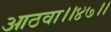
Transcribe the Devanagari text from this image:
आठवा।।४७।।